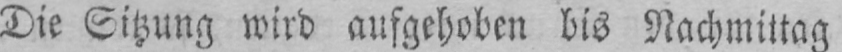
Die Sitzung wird aufgehoben bis Nachmittag